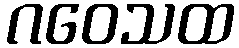
ဂဝေသထ